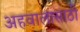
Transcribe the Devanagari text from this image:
अहवालासाठी